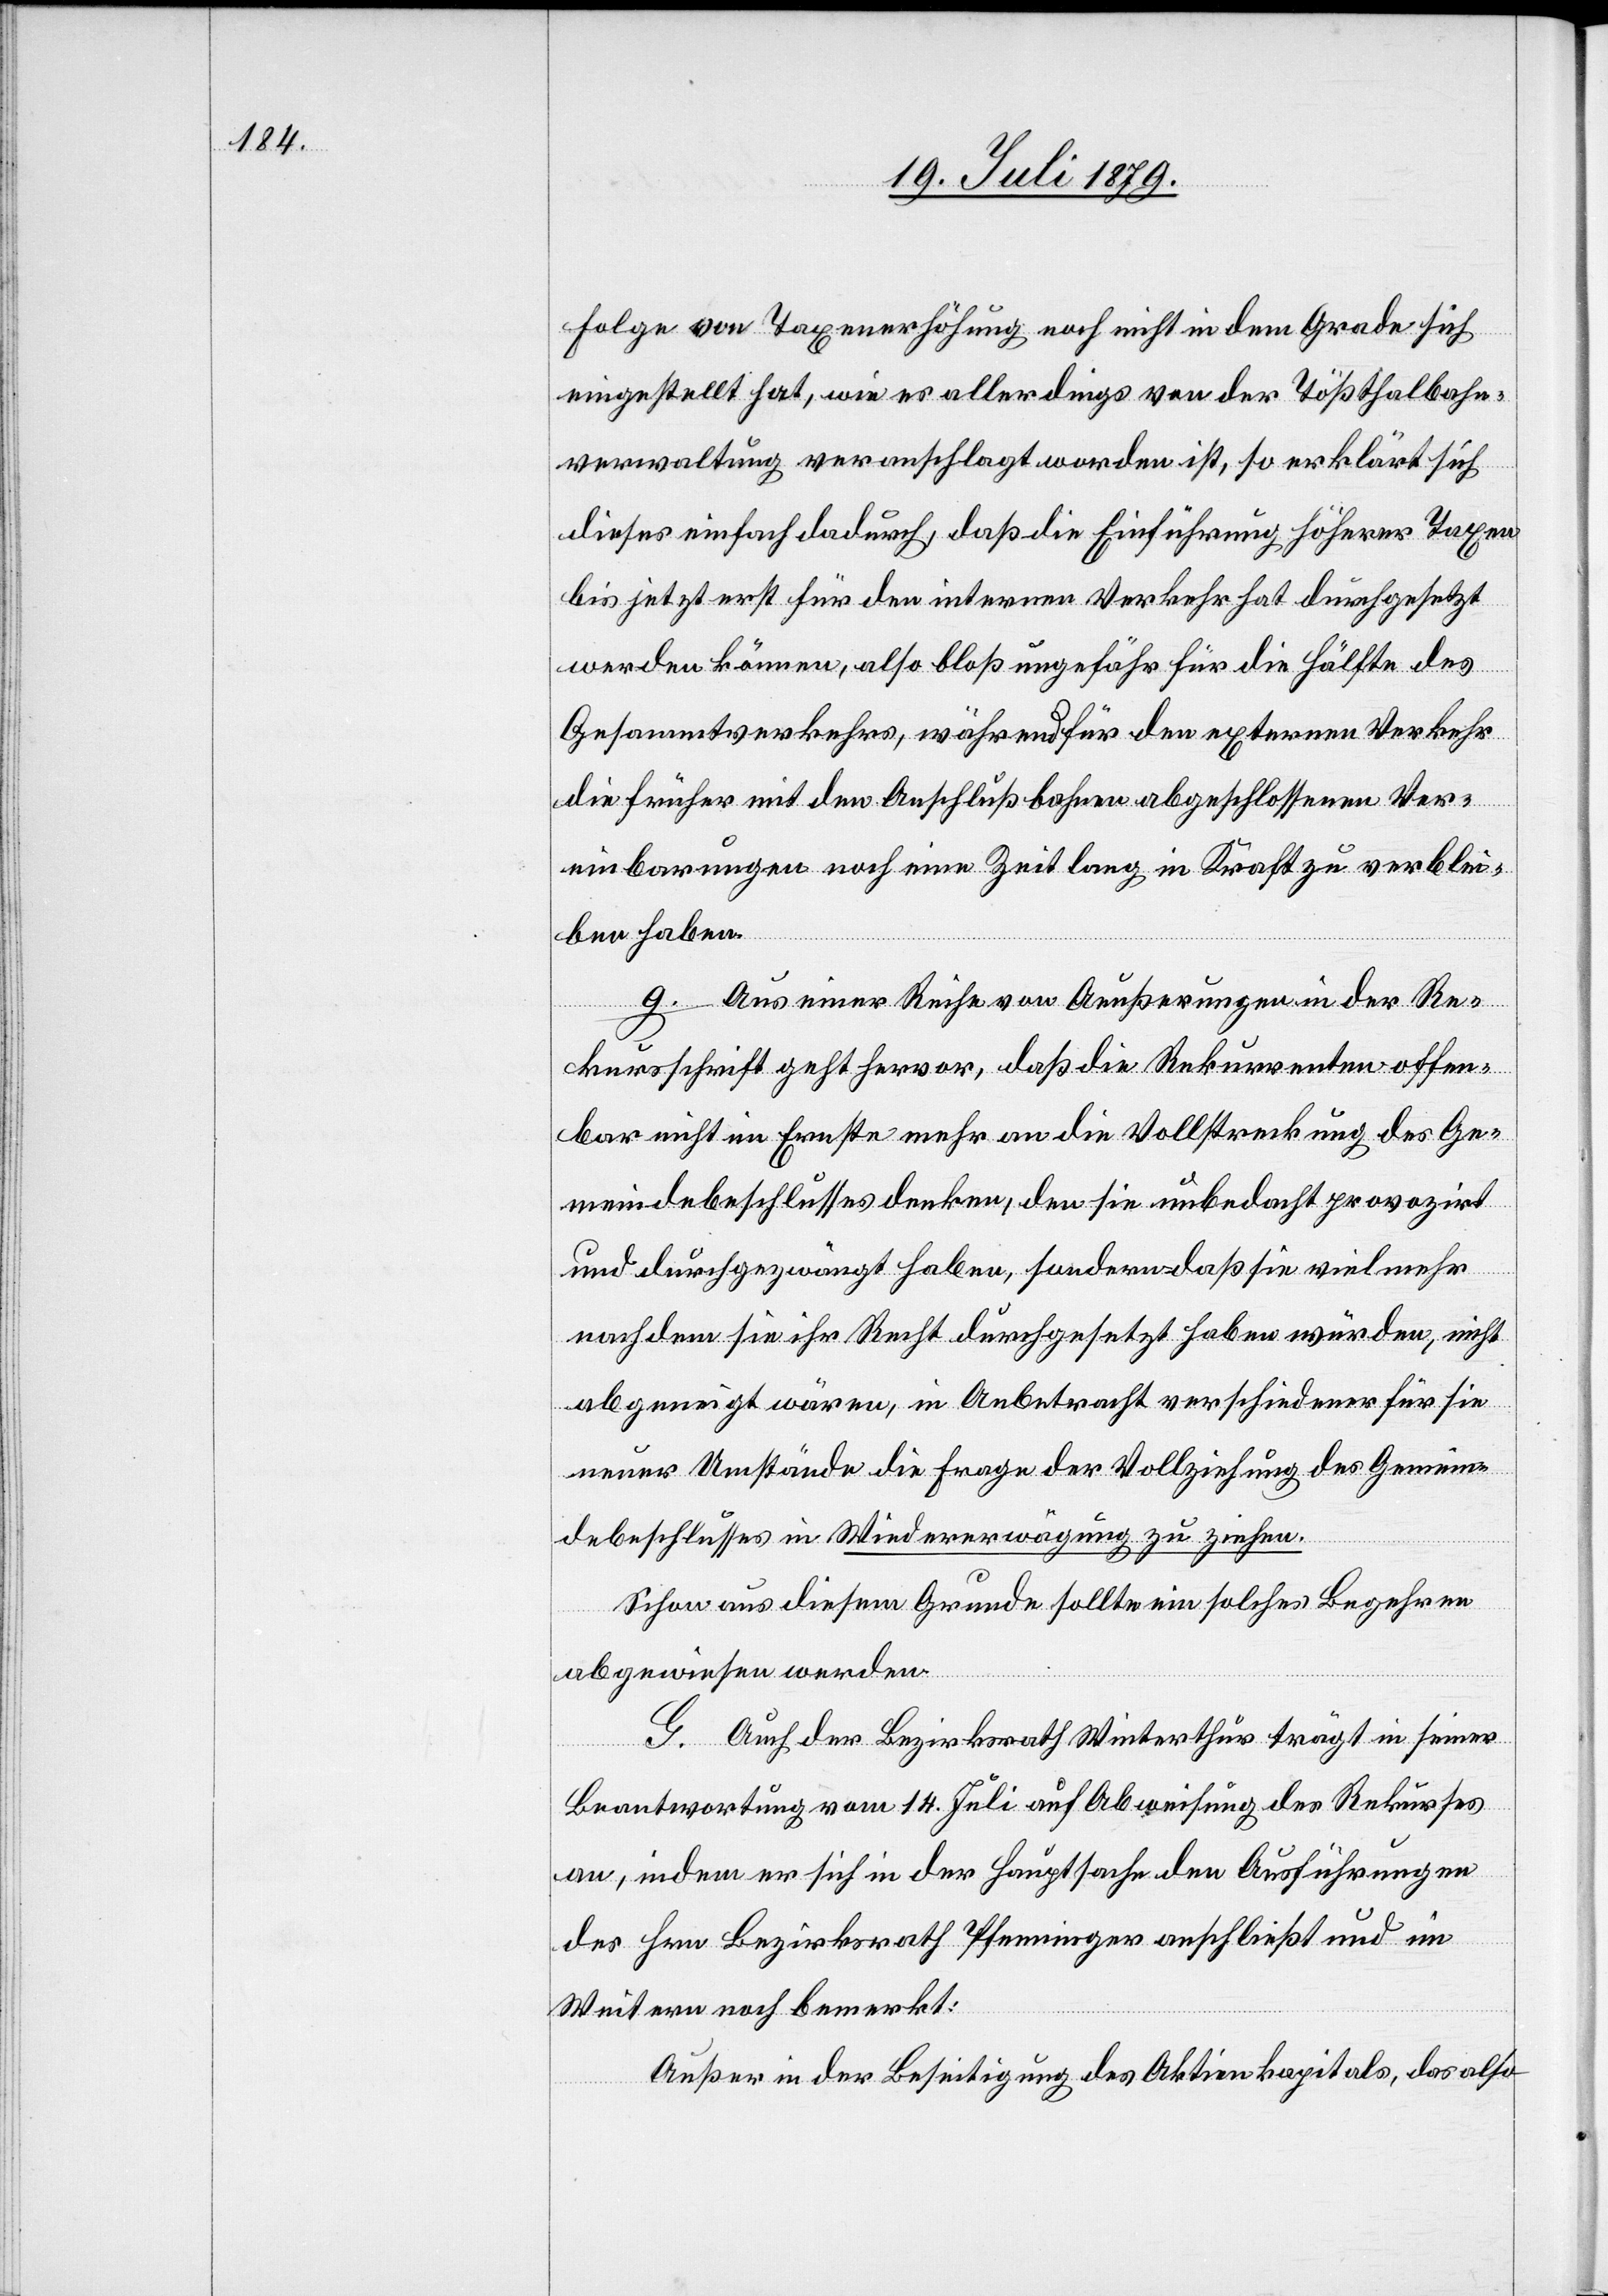
Folge von Taxenerhöhung noch nicht in dem Grade sich
eingestellt hat, wie es allerdings von der Tößthalbahn¬
verwaltung veranschlagt worden ist, so erklärt sich
dieses einfach dadurch, das die Einführung höherer Taxen
bis jetzt erst für den internen Verkehr hat durchgesetzt
werden können, also bloß ungefähr für die Hälfte des
Gesammtverkehrs, während für den externen Verkehr
die früher mit den Anschlußbahnen abgeschlossenen Ver¬
einbarungen noch eine Zeit lang in Kraft zu verblei¬
ben haben.
g.
Aus einer Reihe von Aeußerungen in der Re¬
kursschrift geht hervor, das die Rekurrenten offen¬
bar nicht im Ernste mehr an die Vollstreckung des Ge¬
meindebeschlusses denken, den sie unbedacht provozirt
und durchgezwängt haben, sondern daß sie vielmehr
nachdem sie ihr Recht durchgesetzt haben würden, nicht
abgeneigt wären, in Anbetracht verschiedener für sie
neuer Umstände die Frage der Vollziehung des Gemein¬
debeschlusses in Wiedererwägung zu ziehen.
Schon aus diesem Grunde sollte ein solches Begehren
abgewiesen werden.
G. Auch der Bezirksrath Winterthur trägt in seiner
Beantwortung vom 14. Juli auf Abweisung des Rekurses
an, indem er sich in der Hauptsache den Ausführungen
des Hrn. Bezirksrath Pfenninger anschließt und im
Weitern noch bemerkt:
Außer in der Beseitigung des Aktienkapitals, das also